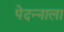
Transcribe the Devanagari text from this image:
पेदन्नाला